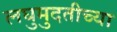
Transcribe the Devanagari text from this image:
लघुमुदतीच्‍या